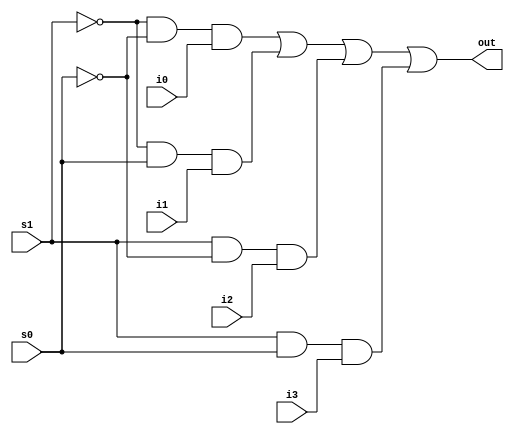
module mux4to1 (
    s0, s1, i0, i1, i2, i3, out
);

input s0, s1, i0, i1, i2, i3;
output out;

assign out = (~s1 & ~s0 & i0) | (~s1 & s0 & i1) | (s1 & ~s0 & i2) | (s1 & s0 & i3);

    
endmodule

module muxTestBench;

reg s0, s1, i0, i1, i2, i3;
wire out;

mux4to1 i(s0, s1, i0, i1, i2, i3, out);

initial begin
    s0 = 1'b0; s1 = 1'b0; i0=1'b0; i1=1'b0; i2=1'b0; i3=1'b0;
    $monitor("Time: %0t, s0: %b, s1: %b, i0: %b, i1: %b, i2: %b, i3: %b, out: %b", $time, s0, s1, i0, i1, i2, i3, out);
    #5 s0 = 1'b0; s1 = 1'b0; i0 = 1'b0; i1 = 1'b0; i2 = 1'b0; i3 = 1'b0;
    #5 s0 = 1'b0; s1 = 1'b0; i0 = 1'b1; i1 = 1'b0; i2 = 1'b0; i3 = 1'b0;
    #5 s0 = 1'b0; s1 = 1'b1; i0 = 1'b0; i1 = 1'b0; i2 = 1'b0; i3 = 1'b0;
    #5 s0 = 1'b0; s1 = 1'b1; i0 = 1'b0; i1 = 1'b1; i2 = 1'b0; i3 = 1'b0;
    #5 s0 = 1'b1; s1 = 1'b0; i0 = 1'b0; i1 = 1'b0; i2 = 1'b0; i3 = 1'b0;
    #5 s0 = 1'b1; s1 = 1'b0; i0 = 1'b0; i1 = 1'b0; i2 = 1'b1; i3 = 1'b0;
    #5 s0 = 1'b1; s1 = 1'b1; i0 = 1'b0; i1 = 1'b0; i2 = 1'b0; i3 = 1'b0;
    #5 s0 = 1'b1; s1 = 1'b1; i0 = 1'b0; i1 = 1'b0; i2 = 1'b0; i3 = 1'b1;
end
endmodule